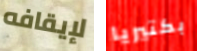
لإيقافه بكتيريا